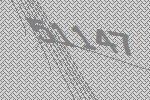
51147